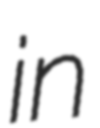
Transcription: in